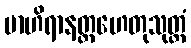
ဗာဟိရာနတ္တဟေတုသုတ္တံ